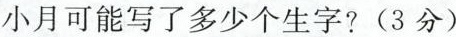
小月可能写了多少个生字?(3分)